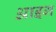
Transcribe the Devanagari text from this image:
आइग